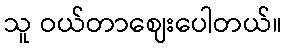
သူ ဝယ်တာဈေးပေါတယ်။